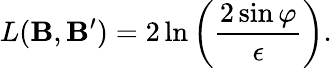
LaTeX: L({\mathbf B},{\mathbf B^{\prime}})=2\ln\left(\frac{2\sin\varphi}{\epsilon}\right).